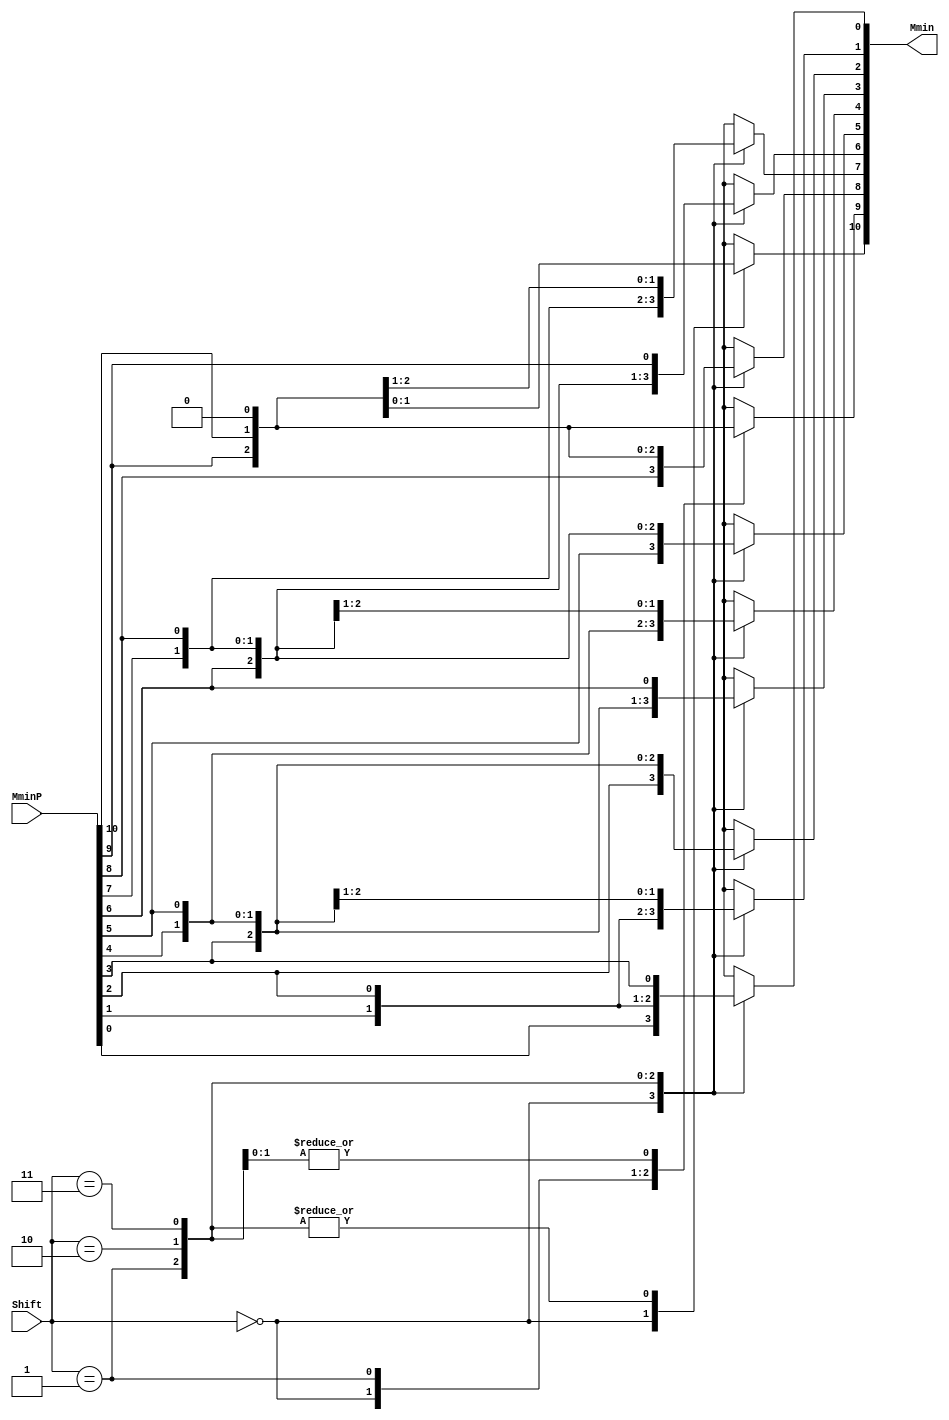
`define SIMULATION_MEMORY
`define EXPONENT 5
`define MANTISSA 10
`define ACTUAL_MANTISSA 11
`define EXPONENT_LSB 10
`define EXPONENT_MSB 14
`define MANTISSA_LSB 0
`define MANTISSA_MSB 9
`define MANTISSA_MUL_SPLIT_LSB 3
`define MANTISSA_MUL_SPLIT_MSB 9
`define SIGN 1
`define SIGN_LOC 15
`define DWIDTH (`SIGN+`EXPONENT+`MANTISSA)
`define IEEE_COMPLIANCE 1

module FPAddSub_AlignShift2(
		MminP,
		Shift,
		Mmin
	);

	// Input ports
	input [`MANTISSA:0] MminP ;						// Smaller mantissa after 16|12|8|4 shift
	input [1:0] Shift ;						// Shift amount

	// Output ports
	output [`MANTISSA:0] Mmin ;						// The smaller mantissa

	// Internal Signal
	reg	  [`MANTISSA:0]		Lvl3;
	wire    [2*`MANTISSA+1:0]    Stage2;
	integer           j;               // Loop variable

	assign Stage2 = {11'b0, MminP};

	always @(*) begin    // Rotate {0 | 1 | 2 | 3} bits
	  case (Shift[1:0])
			// Rotate by 0
			2'b00:  Lvl3 <= Stage2[`MANTISSA:0];
			// Rotate by 1
			2'b01:  begin for (j=0; j<=`MANTISSA; j=j+1)  begin Lvl3[j] <= Stage2[j+1]; end /*Lvl3[`MANTISSA] <= 0; */end
			// Rotate by 2
			2'b10:  begin for (j=0; j<=`MANTISSA; j=j+1)  begin Lvl3[j] <= Stage2[j+2]; end /*Lvl3[`MANTISSA:`MANTISSA-1] <= 0;*/ end
			// Rotate by 3
			2'b11:  begin for (j=0; j<=`MANTISSA; j=j+1)  begin Lvl3[j] <= Stage2[j+3]; end /*Lvl3[`MANTISSA:`MANTISSA-2] <= 0;*/ end
	  endcase
	end

	// Assign output
	assign Mmin = Lvl3;						// Take out smaller mantissa

endmodule